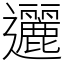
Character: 邐